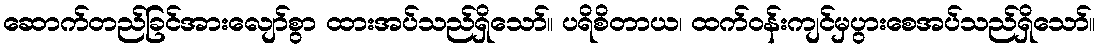
ဆောက်တည်ခြင်အားလျော်စွာ ထားအပ်သည်ရှိသော်။ ပရိစိတာယ၊ ထက်ဝန်းကျင်မှပွားစေအပ်သည်ရှိသော်။